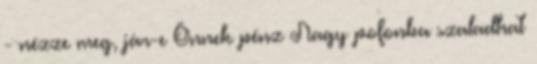
- nézze meg, jár-e Önnek pénz Nagy pofonba szaladhat